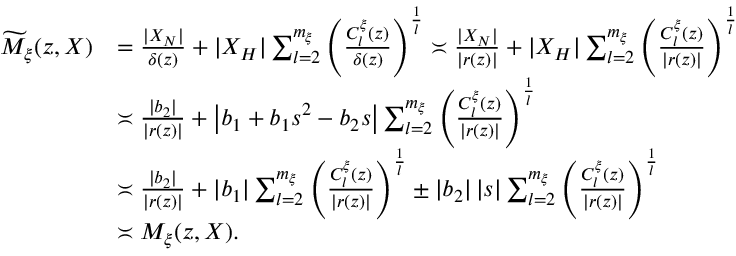
\begin{array} { r l } { \widetilde { M } _ { \xi } ( z , X ) } & { = \frac { | X _ { N } | } { \delta ( z ) } + | X _ { H } | \sum _ { l = 2 } ^ { m _ { \xi } } \left( \frac { C _ { l } ^ { \xi } ( z ) } { \delta ( z ) } \right) ^ { \frac { 1 } { l } } \asymp \frac { | X _ { N } | } { | r ( z ) | } + | X _ { H } | \sum _ { l = 2 } ^ { m _ { \xi } } \left( \frac { C _ { l } ^ { \xi } ( z ) } { | r ( z ) | } \right) ^ { \frac { 1 } { l } } } \\ & { \asymp \frac { | b _ { 2 } | } { | r ( z ) | } + \left| b _ { 1 } + b _ { 1 } s ^ { 2 } - b _ { 2 } s \right| \sum _ { l = 2 } ^ { m _ { \xi } } \left( \frac { C _ { l } ^ { \xi } ( z ) } { | r ( z ) | } \right) ^ { \frac { 1 } { l } } } \\ & { \asymp \frac { | b _ { 2 } | } { | r ( z ) | } + | b _ { 1 } | \sum _ { l = 2 } ^ { m _ { \xi } } \left( \frac { C _ { l } ^ { \xi } ( z ) } { | r ( z ) | } \right) ^ { \frac { 1 } { l } } \pm | b _ { 2 } | \left| s \right| \sum _ { l = 2 } ^ { m _ { \xi } } \left( \frac { C _ { l } ^ { \xi } ( z ) } { | r ( z ) | } \right) ^ { \frac { 1 } { l } } } \\ & { \asymp M _ { \xi } ( z , X ) . } \end{array}